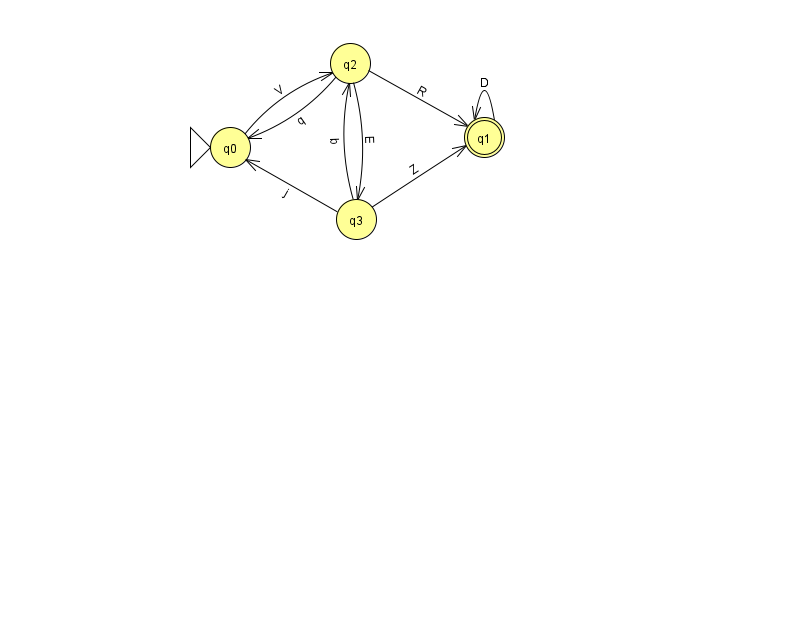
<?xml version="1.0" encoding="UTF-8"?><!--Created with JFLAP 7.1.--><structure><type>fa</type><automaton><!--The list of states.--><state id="0" name="q0"><x>230.0</x><y>134.0</y><initial/></state><state id="1" name="q1"><x>484.0</x><y>124.0</y><final/></state><state id="2" name="q2"><x>350.0</x><y>50.0</y></state><state id="3" name="q3"><x>356.0</x><y>206.0</y></state><!--The list of transitions.--><transition><from>2</from><to>0</to><read>q</read></transition><transition><from>3</from><to>0</to><read>j</read></transition><transition><from>1</from><to>1</to><read>D</read></transition><transition><from>0</from><to>2</to><read>V</read></transition><transition><from>3</from><to>2</to><read>b</read></transition><transition><from>3</from><to>1</to><read>Z</read></transition><transition><from>2</from><to>1</to><read>R</read></transition><transition><from>2</from><to>3</to><read>E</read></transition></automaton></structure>